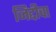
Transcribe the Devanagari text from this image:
जिद्दीचा